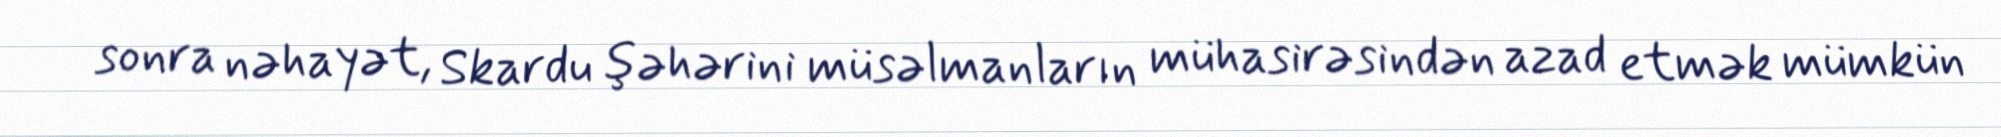
sonra nəhayət, Skardu şəhərini müsəlmanların mühasirəsindən azad etmək mümkün